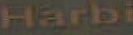
Harbi